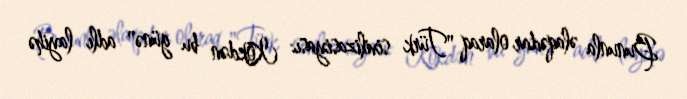
Bununla əlaqədar olaraq "Türk sivilizasiyası: Kökdən bu günə" adlı layihə